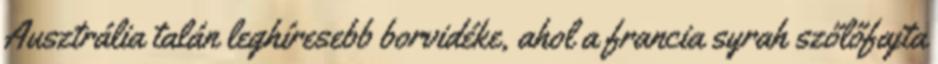
Ausztrália talán leghíresebb borvidéke, ahol a francia syrah szőlőfajta